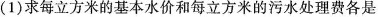
(1)求每立方米的基本水价和每立方米的污水处理费各是